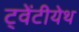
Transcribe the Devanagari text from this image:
ट्वेंटीयेथ